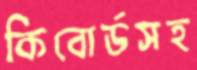
কিবোর্ডসহ